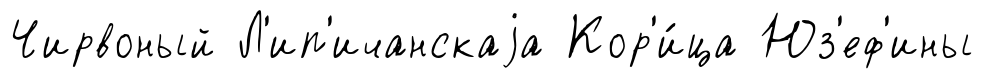
Чирвоный Л'ип'ичанскаjа Кор'и́ца Юз'еф'ины